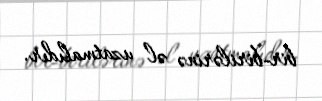
bir-birilərinə əl uzatmalıdır.